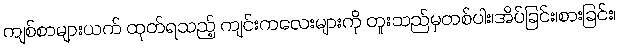
ကျစ်စာများယက် ထုတ်ရသည့် ကျင်းကလေးများကို တူးသည်မှတစ်ပါး၊အိပ်ခြင်း၊စားခြင်း၊